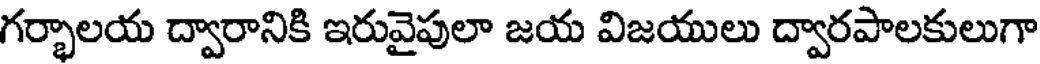
గర్భాలయ ద్వారానికి ఇరువైపులా జయ విజయులు ద్వారపాలకులుగా